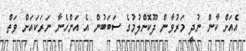
އެއަށް ކާން ނުދީ މަރުވާން ދޫކޮށްލުމުގެ ސަބަބުން އެ އަންހެނާ ނަރަކައަށް ވަތް